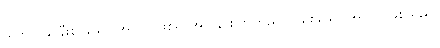
သဘာဝနှင့်နီးစပ်သော အလုပ် ဖြစ်၍ အလွန် စိတ်ကြည်လင်စေသော အလုပ် ဖြစ်သည်။